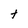
Character: t